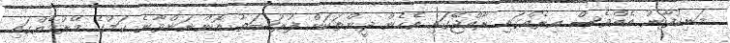
މަނިކުފާނު އެއްވެސް އިރެއްގައި ރާއްޖޭގައި އެހެން ދީންތަކަށް ފުރުޞަތު އޮންނަންވާނެ ކަމުގެ މޭރުމެއްގައި